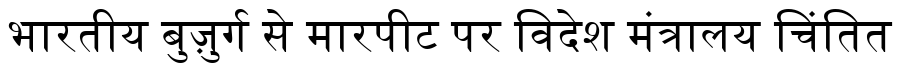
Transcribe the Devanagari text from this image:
भारतीय बुज़ुर्ग से मारपीट पर विदेश मंत्रालय चिंतित